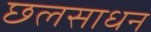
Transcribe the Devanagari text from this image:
छलसाधन